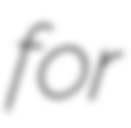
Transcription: for